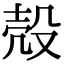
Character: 殻